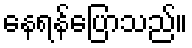
နေရန်ပြောသည်။